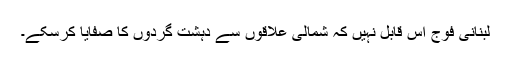
لبنانی فوج اس قابل نہیں کہ شمالی علاقوں سے دہشت گردوں کا صفایا کرسکے۔